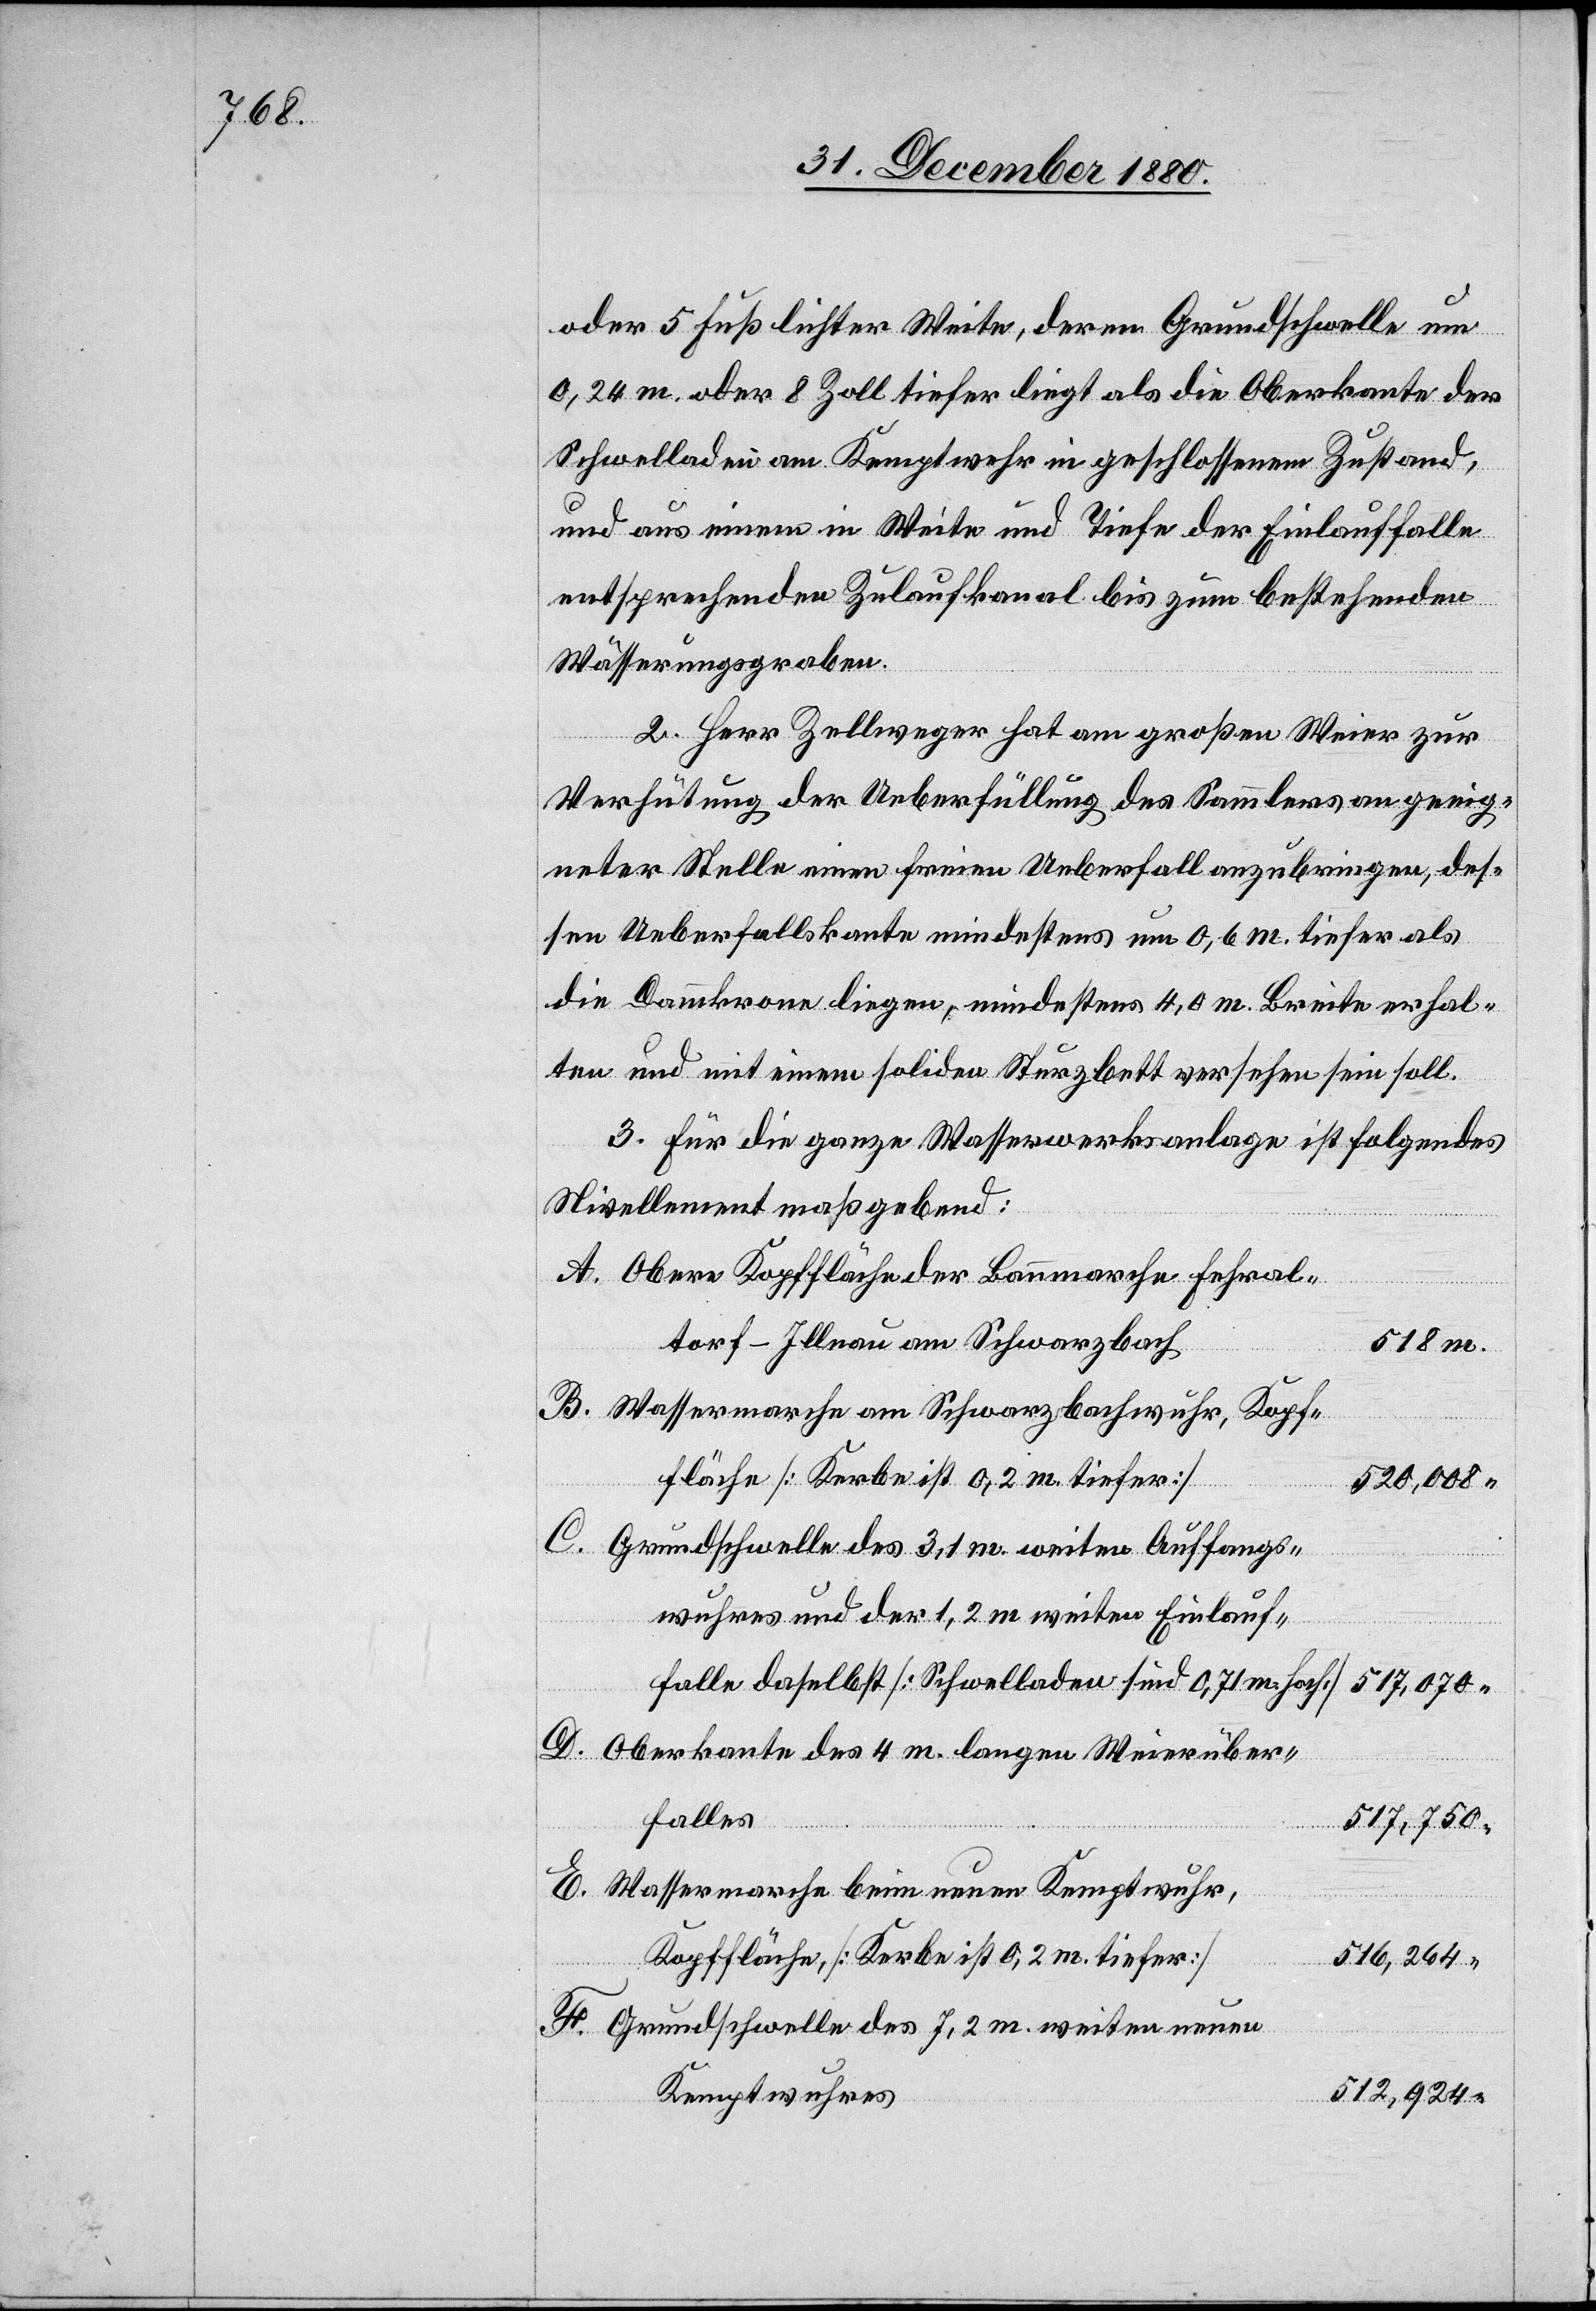
E.

oder 5 Fuß lichter Weite, deren Grundschwelle um
0,24 m oder 8 Zoll tiefer liegt als die Oberkante der
Schwelladen am Kemptwehr in geschlossenem Zustand
und aus einem in Weite und Tiefe der Einlauffalle
entsprechenden Zulaufkanal bis zum bestehenden
Wässerungsgraben.
2. Herr Zellweger hat am großen Weier zur
Verhütung der Ueberfüllung des Sammlers an geeig¬
neter Stelle einen freien Ueberfall anzubringen, des¬
sen Ueberfallskante mindestens um 0,6 m tiefer als
die Dammkrone liegen, mindestens 4,0 m Breite erhal¬
ten und mit einem soliden Sturzbett versehen sein soll.
3. Für die ganze Wasserwerksanlage ist folgendes
Nivellement maßgebend:
Obere Kopffläche der Baumarche Fehral¬
torf–Illnau am Schwarzbach
517,750
Wassermarche am Schwarzbachwuhr, Kopf¬
fläche [Kerbe ist 0,2 m tiefer]
520,008
Grundschwelle des 3,1 m weiten Auffangs¬
wuhres und der 1,2 m weiten Einlauf¬
falle daselbst [Schwelladen sind 0,71 m hoch]
Oberkante des 4 m langen Weierüber¬
falles
Wassermarche beim neuen Kemptwuhr,
Kopffläche, [Kerbe ist 0,2 m tiefer]
516,264
Grundschwelle des 7,2 m weiten neuen
512,924
Kemptwuhres